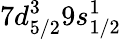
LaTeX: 7d_{5/2}^{3}9s_{1/2}^{1}